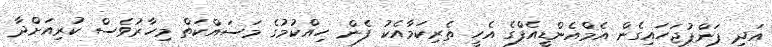
އަދި ޕަންޕުޖަހައިގެން އެމްއެންޑީއެފްގެ އެހީ ތެރިކަމާއެކު ފެން ހިއްކުމުގެ މަސައްކަތް މިހާރުވެސް ކުރިއަށްދާ